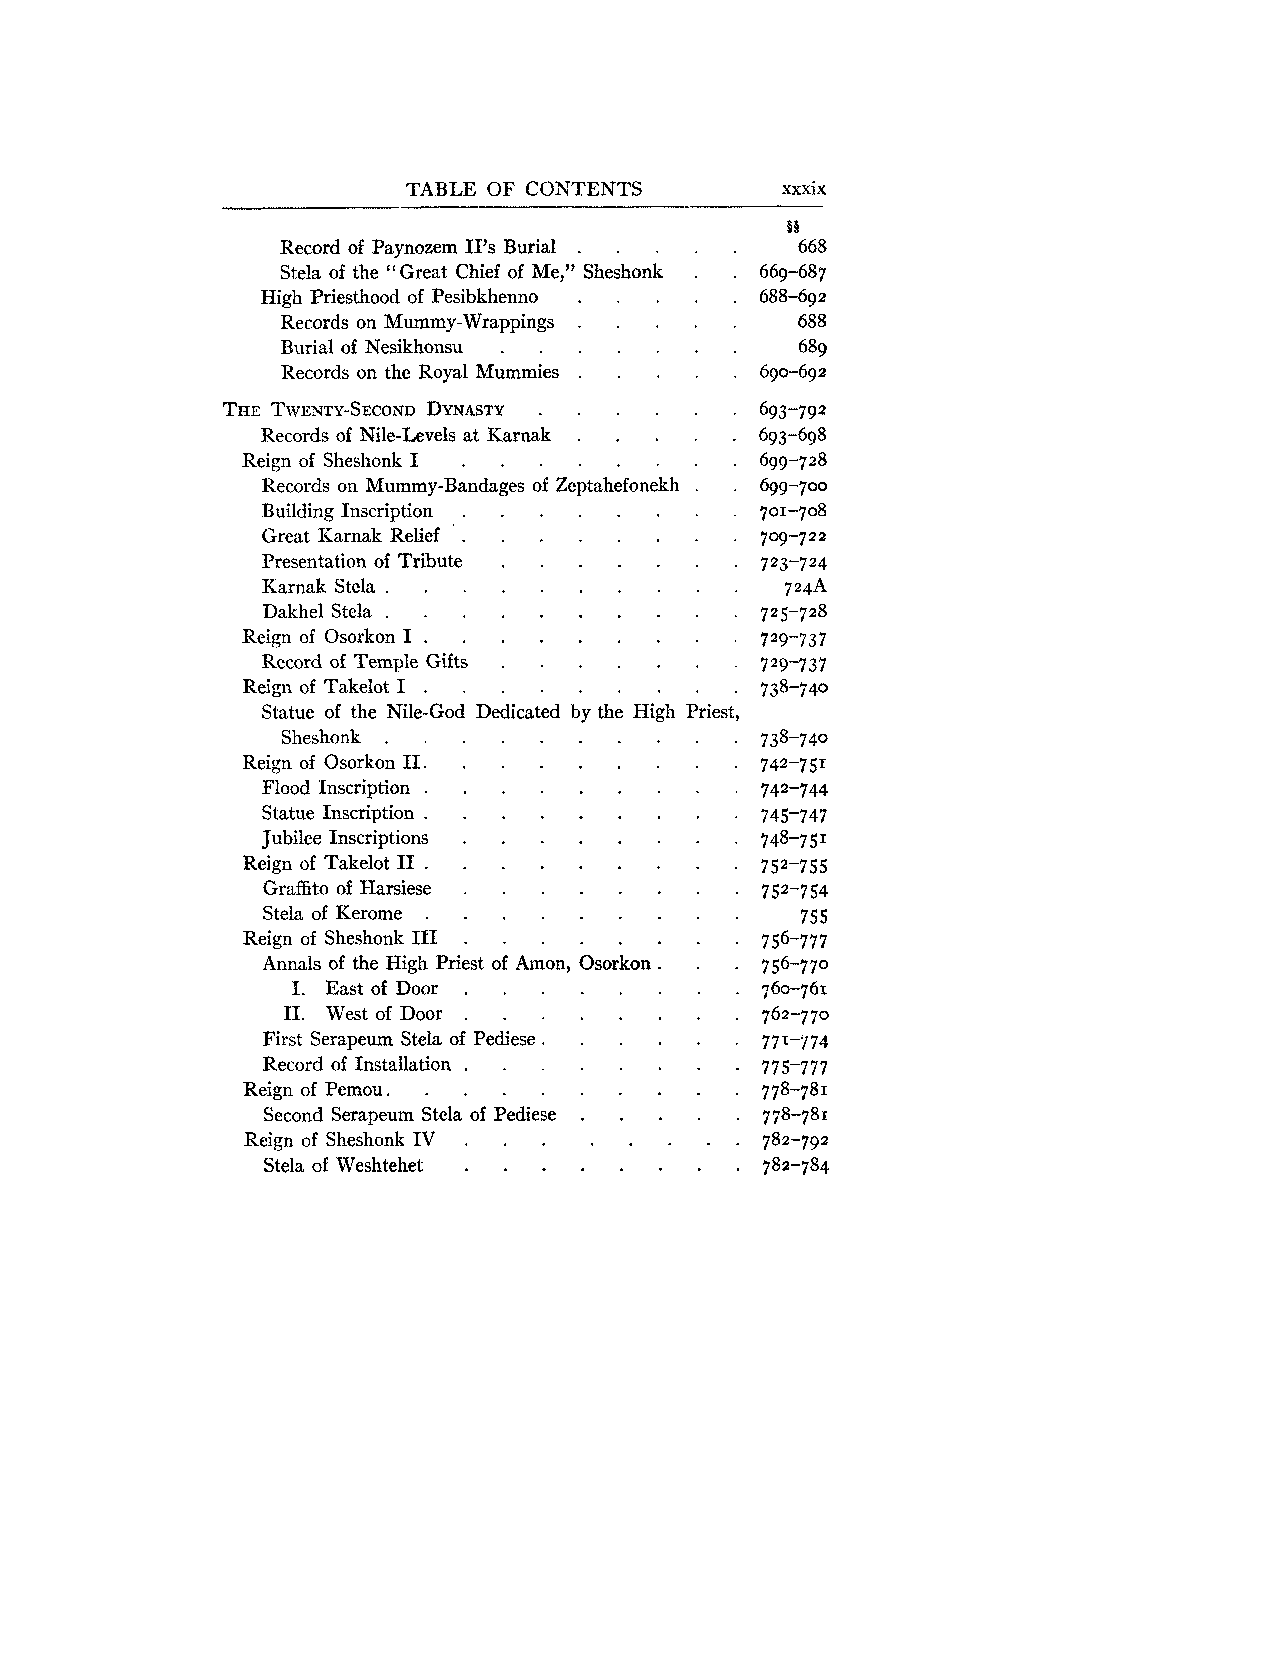
TABLE OF CONTENTS
 Record of Paynozem 11's Burial . . . . .
 Stela of the "Great Chief of Me. Sheshonk . .
 "
 High Priesthood of Pesibkhenno . . . . .
 Records on Mummy-Wrappings . . . . .
 Burial of Nesikhonsu . . . . . . .
 Records on the Royal Mummies . . . . .
 THETWENTY-SECONDDYNAS.TY . . . .  .
 Records of Nile-Levels at Karnak . . . . .
 Reign of Sheshonk I . . . . . . . .
 Records on Mummy-Bandages of Zeptahefonekh . .
 Building Inscription . . . . . . . .
 Great Karnak Relief . . . . . . . .
 Presentation of Tribute . . . . . . .
 Karnak Stela . . . . . . . . .  .
 Dakhel Stela . . . . . . . . . .
 Reign of Osorkon I . . . . . . . . .
 Record of Temple Gifts . . . . . . .
 Reign of Takelot I . . . . . . . . .
 Statue of the Nile-God Dedicated by the High Priest.
 Sheshonk . . . . . .  . .  . .
 Reign of Osorkon I1 . . . . . . . . .
 Flood Inscription . . . . . . . . .
 Statue Inscription . . . . . . . . .
 Jubilee Inscriptions . . . . . . . .
 Reign of Takelot I1 . . . . . . . . .
 Graffito of Harsiese . . . . . . . .
 Stela of Kerome . . . . . . . . .
 Reign of Sheshonk 111 . . . . . . . .
 Annals of the High Priest of Amon. Osorkon . . .
 I . East of Door . . . . . . . .
 I1 . West of Door . . . . . . . .
 FirstSerapeumStelaofPediese . . . . . .
 Record of Installation . . . . . . . .
 Reign of Pemou . . . . . . . . . .
 . .  . .  .
 Second Serapeum Stela of Pediese
 Reign of Sheshonk IV . . . . . . . .
 . .  .  . .  . .  .
 Stela of Weshtehet